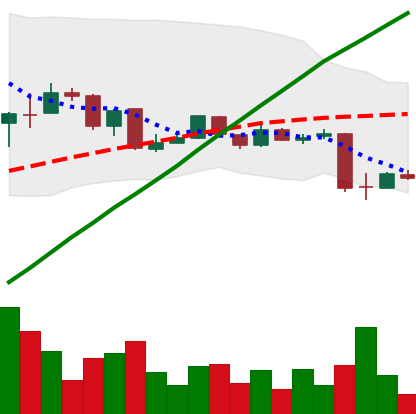
Ticker: LTC-USD
Chart end date: 2015-08-21
Forward return: -17.349%
Label: down_7plus